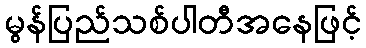
မွန်ပြည်သစ်ပါတီအနေဖြင့်